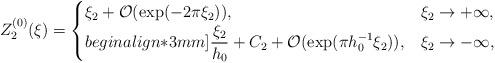
LaTeX: \begin{align*}Z^{(0)}_2(\xi)=\begin{cases} \xi_2 + \mathcal{O}(\exp(-2\pi \xi_2)), & \xi_2 \to +\infty, \\begin{align*}3mm] \displaystyle{\frac{\xi_2}{h_0}} +C_2 + \mathcal{O}(\exp(\pi h^{-1}_0 \xi_2)), & \xi_2 \to -\infty,\end{cases}\end{align*}